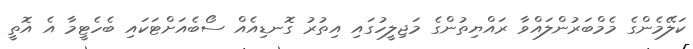
ކަލޭމެންގެ މެމްބަރުންލައްވާ ރައްޔިތުންގެ މަޖިލީހުގައި އިތުރު ގޮނޑިއެއް ސޯބެއަށްޓަކައި ބެހެޓީމާ އެ އޮތީ